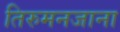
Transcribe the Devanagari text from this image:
तिरुमनजाना